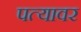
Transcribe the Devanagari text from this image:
पत्‍यावर